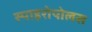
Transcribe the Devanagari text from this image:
स्पाइरोपोलस